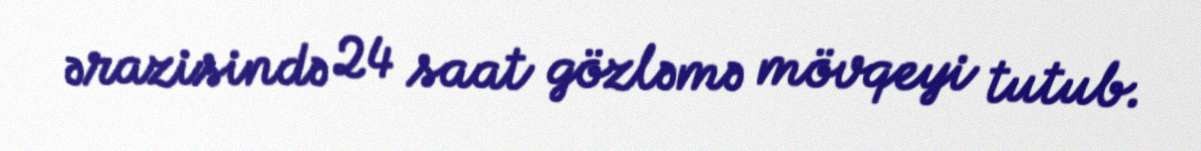
ərazisində 24 saat gözləmə mövqeyi tutub.